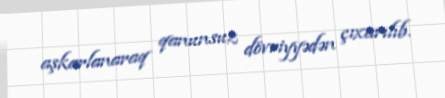
aşkarlanaraq qanunsuz dövriyyədən çıxarılıb.